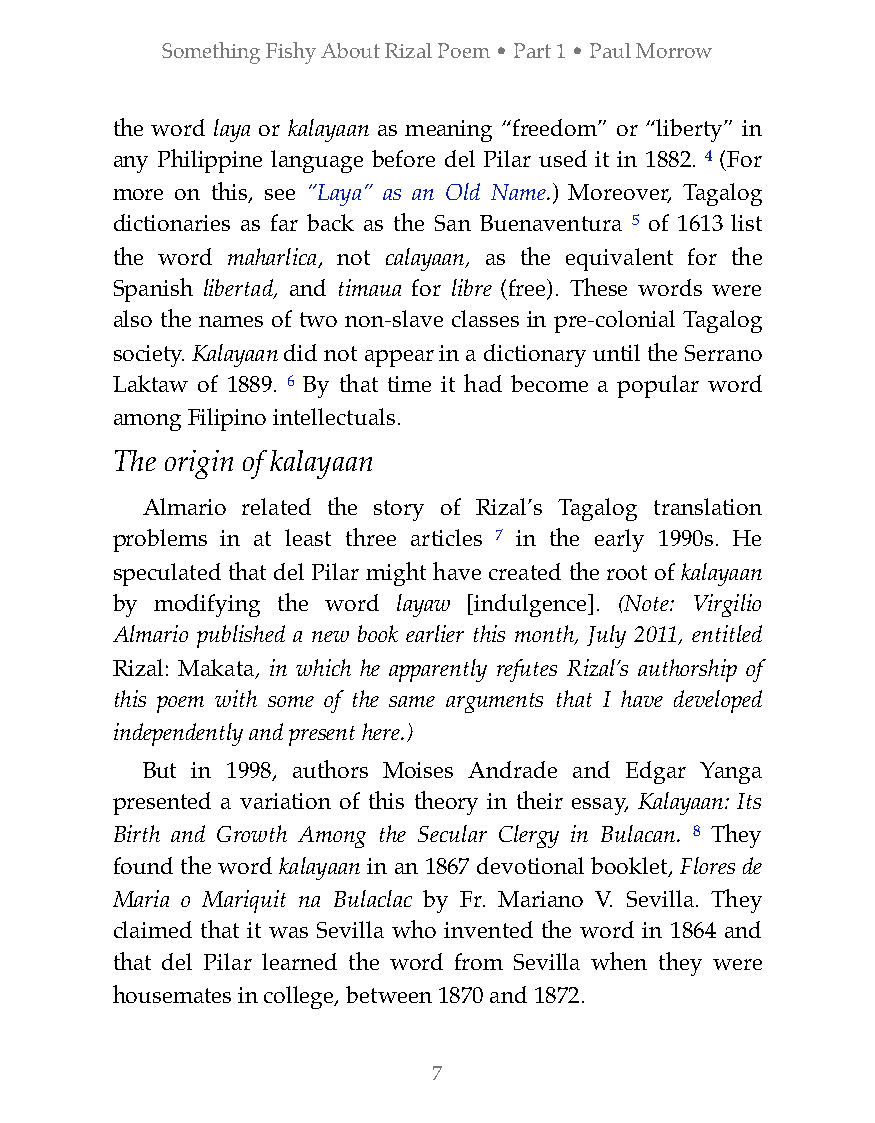
Something Fishy About Rizal Poem • Part 1 • Paul Morrow
 the word laya or kalayaan as meaning “freedom” or “liberty” in
 any Philippine language before del Pilar used it in 1882. 4 (For
 more on this, see “Laya” as an Old Name.) Moreover, Tagalog
 dictionaries as far back as the San Buenaventura 5 of 1613 list
 the word maharlica, not calayaan, as the equivalent for the
 Spanish libertad, and timaua for libre (free). These words were
 also the names of two non-slave classes in pre-colonial Tagalog
 society. Kalayaan did not appear in a dictionary until the Serrano
 Laktaw of 1889. 6 By that time it had become a popular word
 among Filipino intellectuals.
 The origin of kalayaan
 Almario related the story of Rizal’s Tagalog translation
 problems in at least three articles 7 in the early 1990s. He
 speculated that del Pilar might have created the root of kalayaan
 by modifying the word layaw [indulgence]. (Note: Virgilio
 Almario published a new book earlier this month, July 2011, entitled
 Rizal: Makata, in which he apparently refutes Rizal’s authorship of
 this poem with some of the same arguments that I have developed
 independently and present here.)
 But in 1998, authors Moises Andrade and Edgar Yanga
 presented a variation of this theory in their essay, Kalayaan: Its
 Birth and Growth Among the Secular Clergy in Bulacan. 8 They
 found the word kalayaan in an 1867 devotional booklet, Flores de
 Maria o Mariquit na Bulaclac by Fr. Mariano V. Sevilla. They
 claimed that it was Sevilla who invented the word in 1864 and
 that del Pilar learned the word from Sevilla when they were
 housemates in college, between 1870 and 1872.
 7